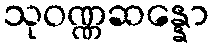
သုဝဏ္ဏဆန္နော